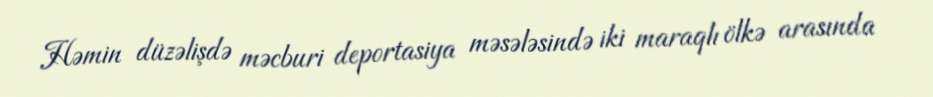
Həmin düzəlişdə məcburi deportasiya məsələsində iki maraqlı ölkə arasında